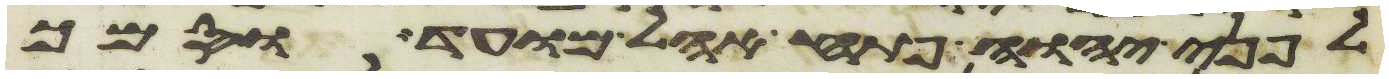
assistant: לפני יהוה פתח אהל מועד וסמך